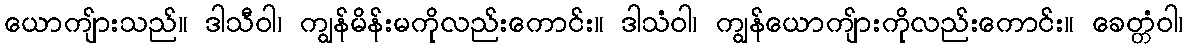
ယောကျ်ားသည်။ ဒါသီဝါ၊ ကျွန်မိန်းမကိုလည်းကောင်း။ ဒါသံဝါ၊ ကျွန်ယောကျ်ားကိုလည်းကောင်း။ ခေတ္တံဝါ၊